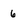
Character: 6